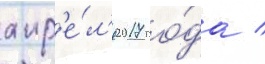
апр'е́л'я 2017 го́да /